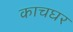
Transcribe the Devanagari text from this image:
काचघर